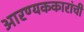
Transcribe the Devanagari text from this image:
आरण्यककारांची